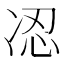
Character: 𠗋